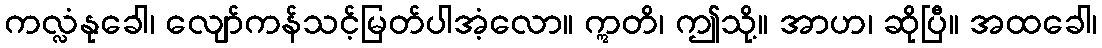
ကလ္လံနုခေါ၊ လျော်ကန်သင့်မြတ်ပါအံ့လော။ ဣတိ၊ ဤသို့။ အာဟ၊ ဆိုပြီ။ အထခေါ၊